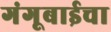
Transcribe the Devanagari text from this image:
गंगूबाईचा